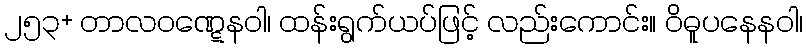
၂၅၃+ တာလဝဏ္ဋေနဝါ၊ ထန်းရွက်ယပ်ဖြင့် လည်းကောင်း။ ဝိဓူပနေနဝါ၊